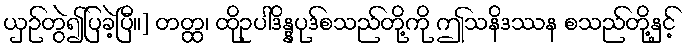
ယှဉ်တွဲ၍ပြခဲ့ပြီ။] တတ္ထ၊ ထိုဥပါဒိန္နပုဒ်စသည်တို့ကို ဤသနိဒဿန စသည်တို့နှင့်